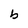
Character: b